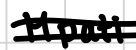
Text: Mpati
Cross-out: double-line
Writing tool: digital_black